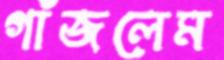
গাঁজলেম